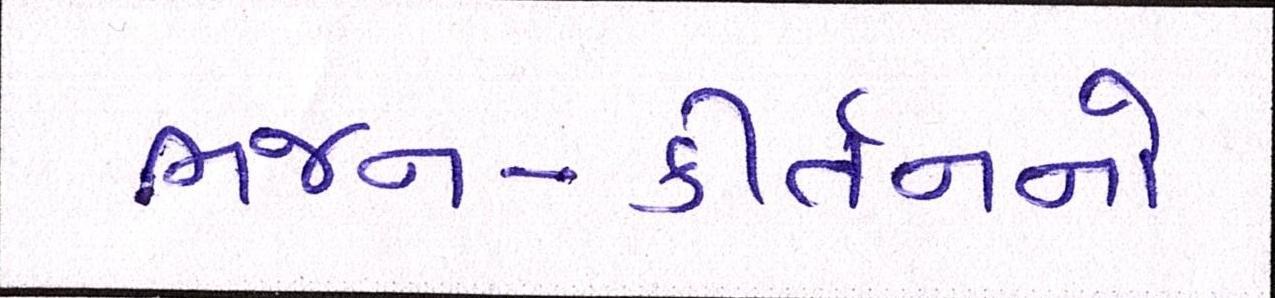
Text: ભજન-કીર્તનનો